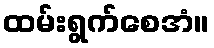
ထမ်းရွက်စေအံ။